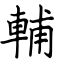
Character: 輔